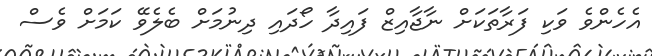
އެހެންވެ ވަކި ފަރާތަކަށް ނާޖާއިޒް ފައިދާ ހޯދައި ދިނުމަށް ބެލެވޭ ކަމަށް ވެސް